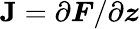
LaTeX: \mathbf{J}=\partial\boldsymbol{F}/\partial\boldsymbol{z}